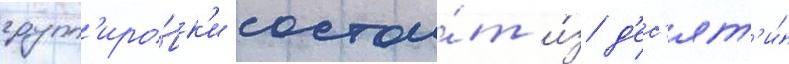
групп'иро́вк'и состои́т и́з д'ес'ят'и́